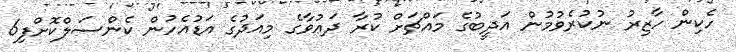
ހެކިން ހާޒިރު ނުކުރެވުމުން އަދީބުގެ މައްޗަށް ކުރާ ދަޢުވާގެ މިއަދުގެ އަޑުއެހުން ކެންސަލްކޮށްފި6